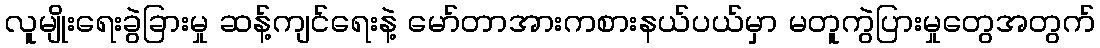
လူမျိုးရေးခွဲခြားမှု ဆန့်ကျင်ရေးနဲ့ မော်တာအားကစားနယ်ပယ်မှာ မတူကွဲပြားမှုတွေအတွက်